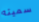
سميته